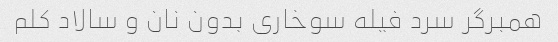
همبرگر سرد فیله سوخاری بدون نان و سالاد کلم